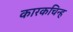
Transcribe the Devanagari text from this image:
कारकचिन्ह